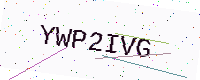
Text: YWP2IVG